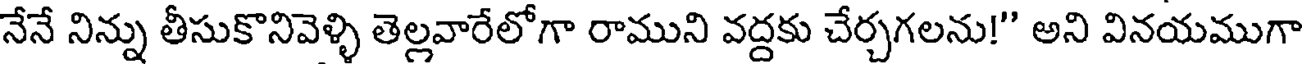
నేనే నిన్ను తీసుకొనివెళ్ళి తెల్లవారేలోగా రాముని వద్దకు చేర్చగలను!" అని వినయముగా